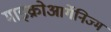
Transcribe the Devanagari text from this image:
माइक्रोआर्गेनिज्म